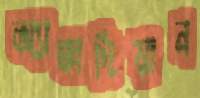
অ্যাক্কাদিয়ান